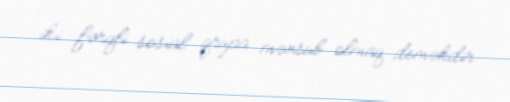
iki fərqli sosial qrupa mənsub olmaq deməkdir.